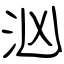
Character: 汹